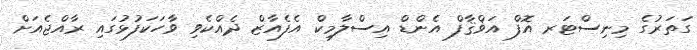
ގަތަރުގެ މިނިސްޓަރ އޮފް އަޥްޤާފް އެންޑް އިސްލާމިކް އެފެއާޒް ދެއްކެވި ވާހަކަފުޅުގައި ރާއްޖެއަށް